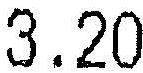
3.20